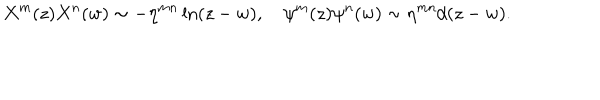
X ^ { m } ( z ) X ^ { n } ( w ) \sim - \eta ^ { m n } \ln ( z - w ) , \quad \psi ^ { m } ( z ) \psi ^ { n } ( w ) \sim \eta ^ { m n } / ( z - w ) .